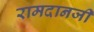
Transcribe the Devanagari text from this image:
रामदानजी